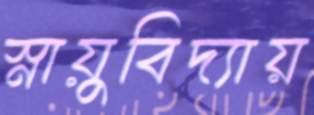
স্নায়ুবিদ্যায়